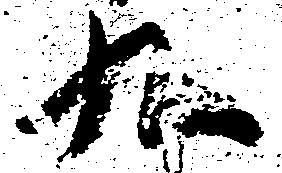
九